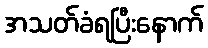
အသတ်ခံရပြီးနောက်